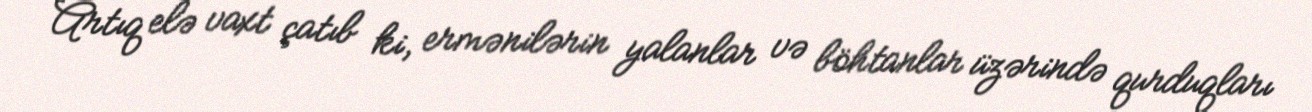
Artıq elə vaxt çatıb ki, ermənilərin yalanlar və böhtanlar üzərində qurduqları